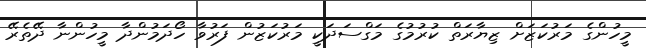
މީހުންގެ މަރުކަޒަށް ޒިޔާރަތް ކުރުމުގެ މަގްސަދަކީ މަރުކަޒުން ފަރުވާ ހޯދަމުންދާ މީހުންނާ ދޭތެރޭ